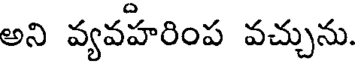
అని వ్యవహరింప వచ్చును.